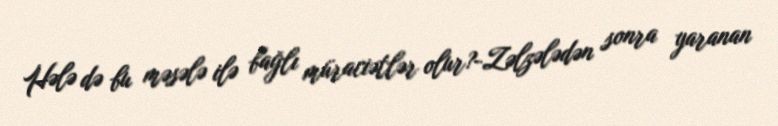
Hələ də bu məsələ ilə bağlı müraciətlər olur?-Zəlzələdən sonra yaranan